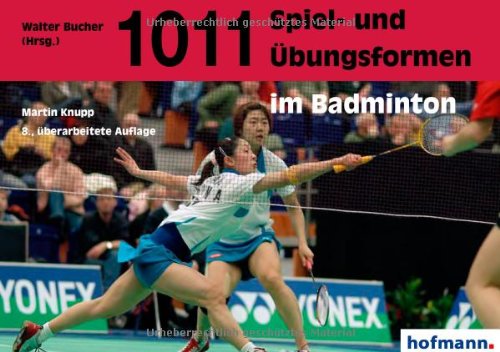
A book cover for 1011 Spiel- und ÃEbungsformen im Badminton; Martin Knupp; Sports & Outdoors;